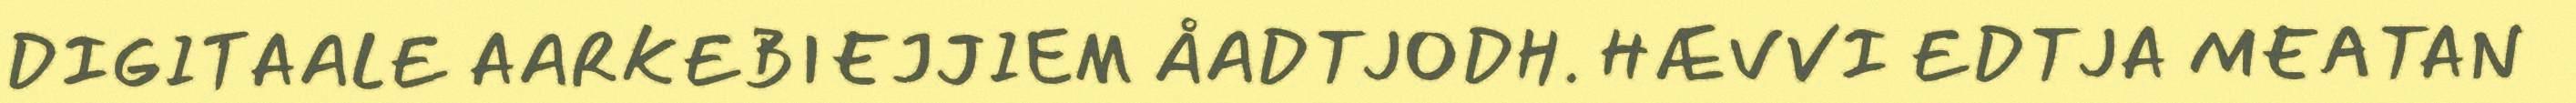
DIGITAALE AARKEBIEJJIEM ÅADTJODH. HÆVVI EDTJA MEATAN